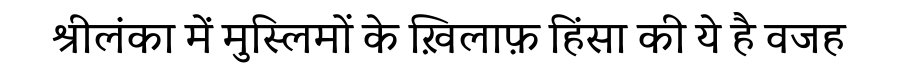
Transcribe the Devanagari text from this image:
श्रीलंका में मुस्लिमों के ख़िलाफ़ हिंसा की ये है वजह